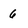
Character: 6